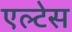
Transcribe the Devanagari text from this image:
एल्टेस